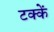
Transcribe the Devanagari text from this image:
टक्कें